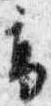
高